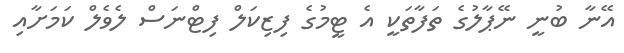
އޭނާ ބުނީ ނޭޕާލުގެ ތަފާތަކީ އެ ޓީމުގެ ފިޒިކަލް ފިޓްނަސް ލެވެލް ކަމަށާއި